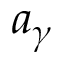
a _ { \gamma }